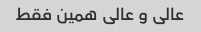
عالی و عالی همین فقط